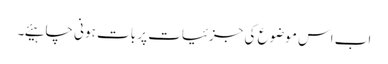
اب اس موضوع کی جزئیات پر بات ہونی چاہیئے۔